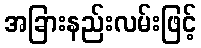
အခြားနည်းလမ်းဖြင့်